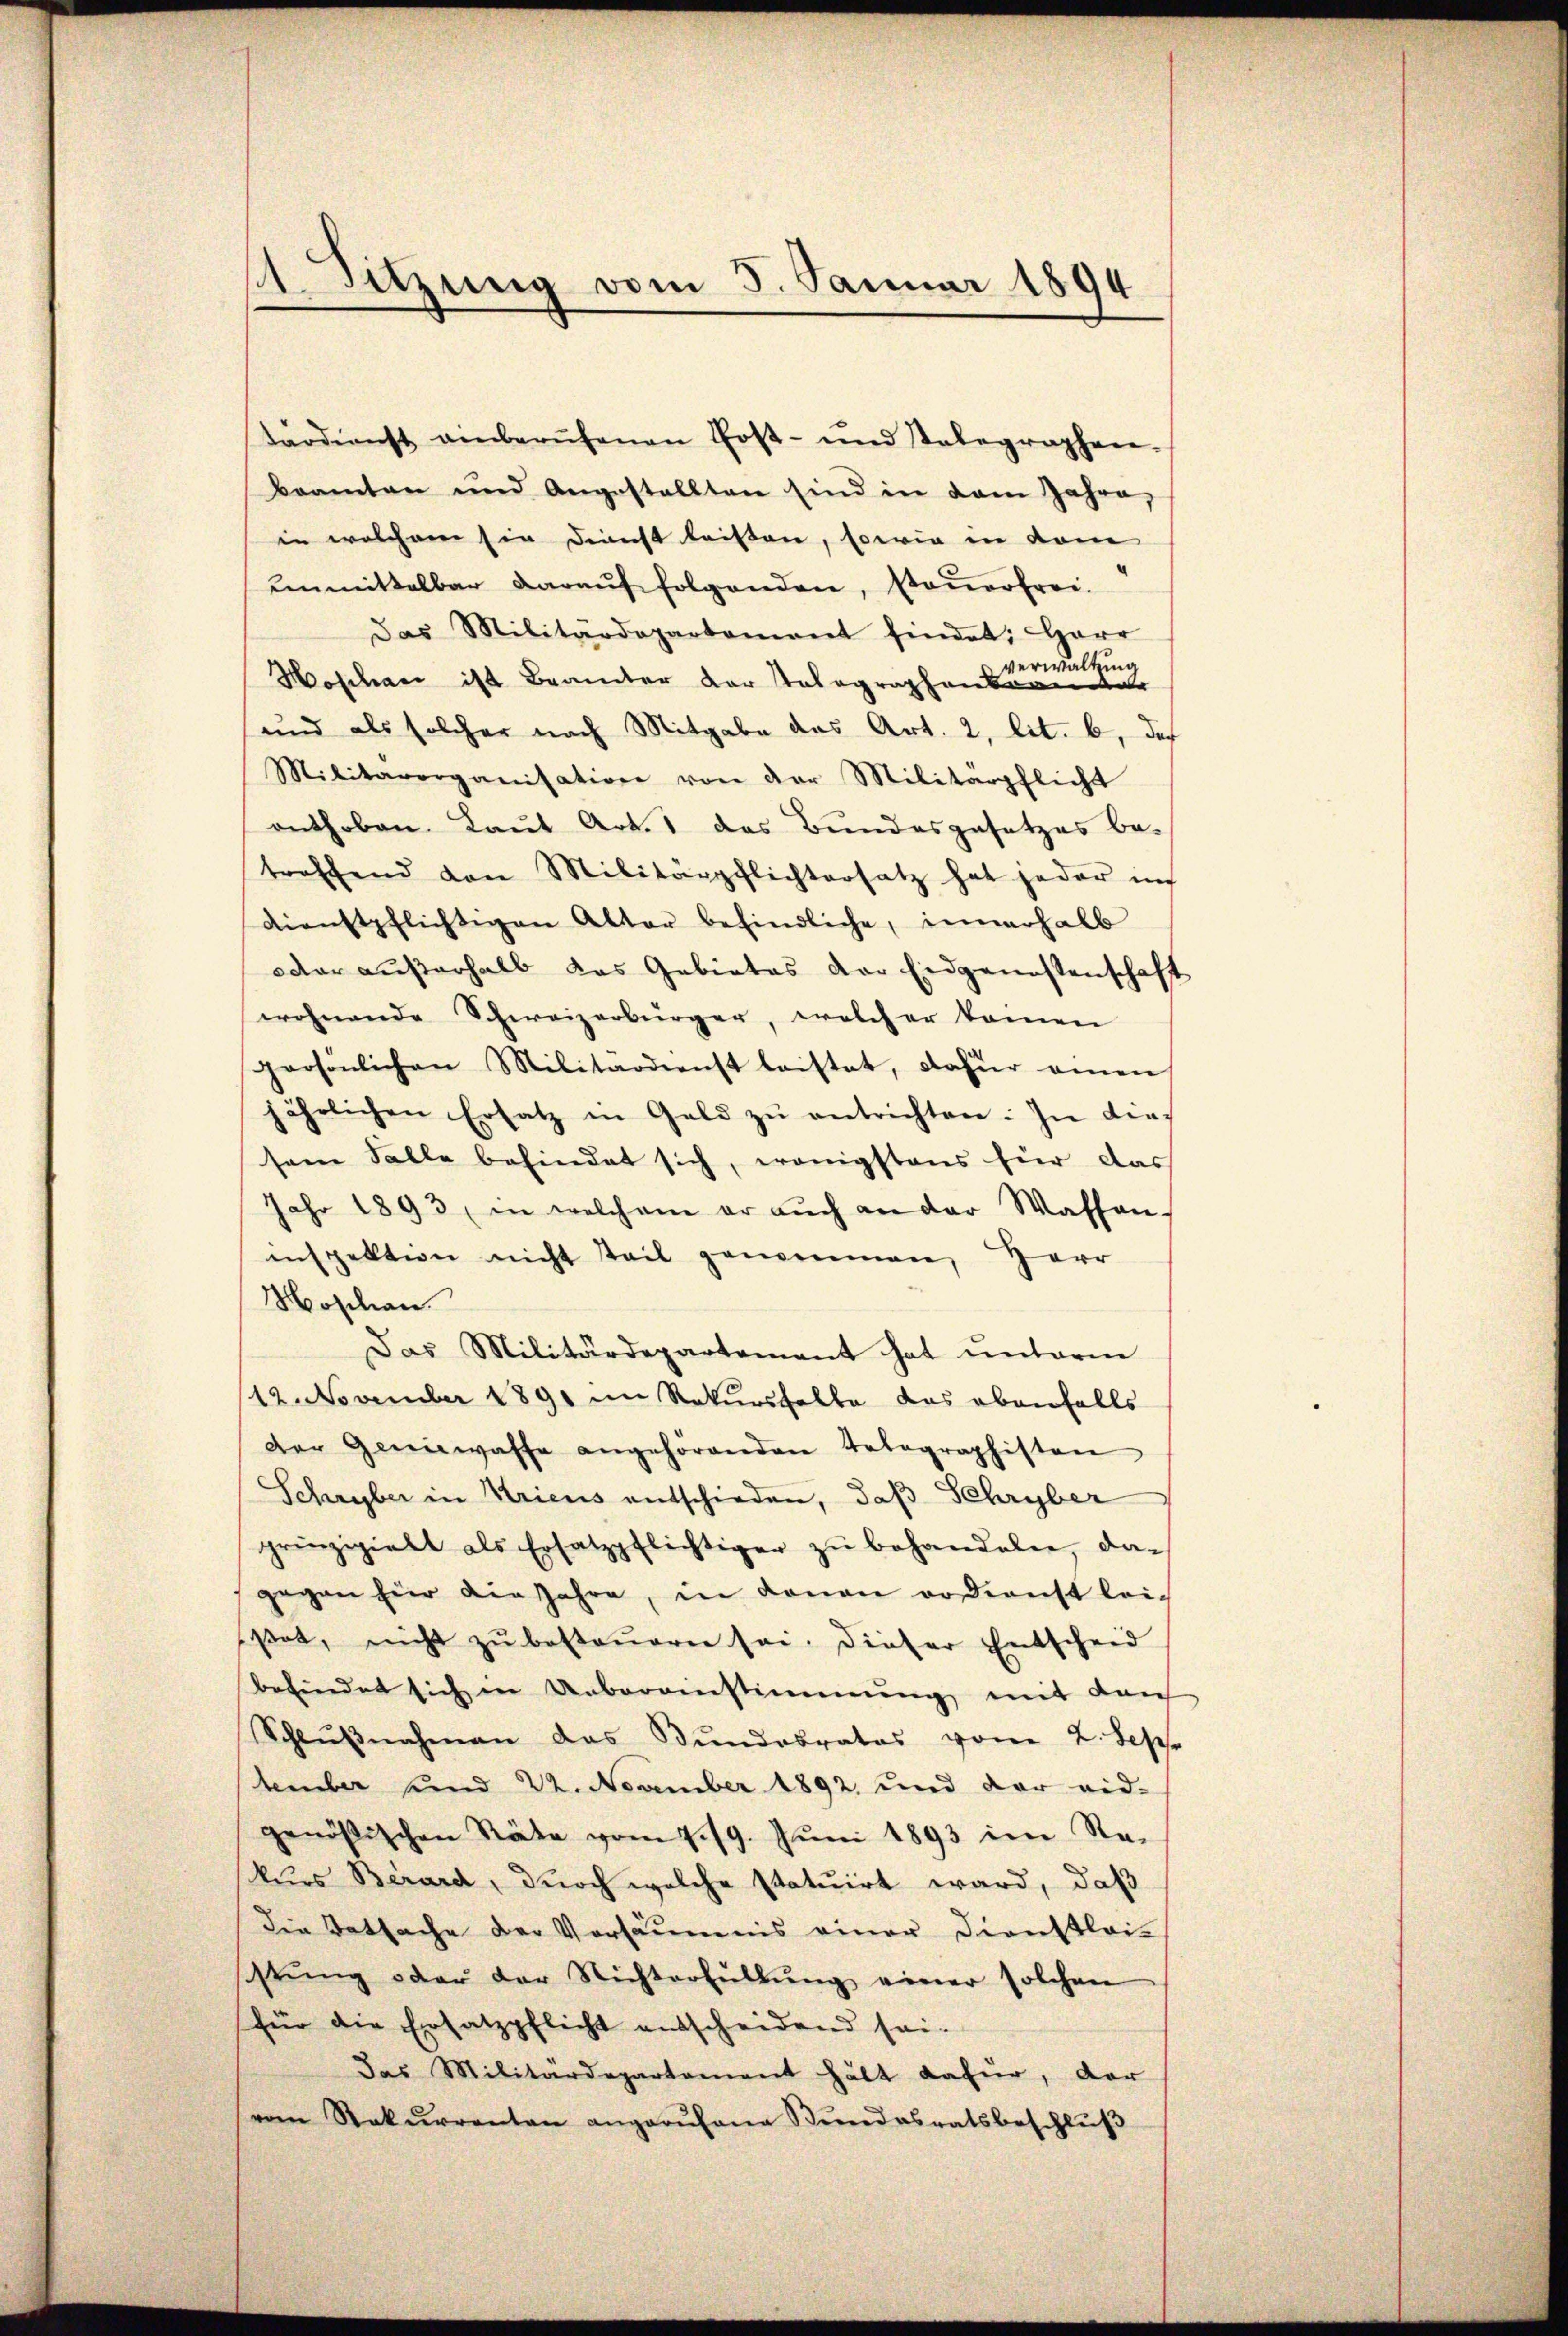
tärdienst einberufenen Post- und Telegraphen-
beamten und Angestellten sind in dem Jahre,
in welchem sie dienst leisten, sowie in vom
unmittelbar daraŭf folgenden, steŭerfrei.
Das Militärdepartement findet: Herr
erwaltung
Hoschani ist Beamter der Stalographenkonnte
und als solcher nach Mitgabe das Art. 2, lit. b, daß
Militärorganisation von der Militärpflicht
enthoben. Laut Art. 1 das Bundesgesetzes be-
treffend den Militärpflichtersatz hat jeder in
dienstpflichtigen Alter befindliche, innerhalb
oder außerhalb das Gebietes der Eidgenossenschaft
wohnende Schweizerbürger, welcher kamen
persönlichen Militärdienst leistet, dafür einen
ährlichen Ersatz in Geld zŭ entrichten: In die-
sem Falle befindet sich, wenigstens für das
Jahr 1893, in welchem er aŭch an der Wassen-
inspektion nicht Teil genommen, Herr
Moschien.
Das Militärdepartement hat ŭnterm
12. November 1891 im Rekursfalle das ebenfalls
der Geniewaffe angehörenden Telegraphisten
Schryber in Kricus entschieden, daß Sehryber
prinzipielt als Ersatzpflichtiger zŭ behandeln, das
gegen für die Jahre, in donan er dienst leißet, nicht zŭ besteŭeren sei. Dieser Entscheid
befindet sich in Uebereinstimmung mit dan
Schlŭβnahmen das Bundesrates vom 2. Sep
tember und 22. November 1892 und der eid-
genößischen Räte vom 7. 19. Jŭni 1893 im Re-
kurs Berard, durch welche statuirt ward, daß
die Tatsache der Vorsäumnis einer Dienstlei-
sstung oder der Nichterfüllŭng einer solchen
für die Ersatzpflicht entscheidend sei-
Das Militärdepartement hält dafür, der
vom Rekurrenten angerufene Bundesratsbeschlŭβ

Sitzung vom 5. Januar 1894

¬